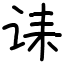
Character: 诔